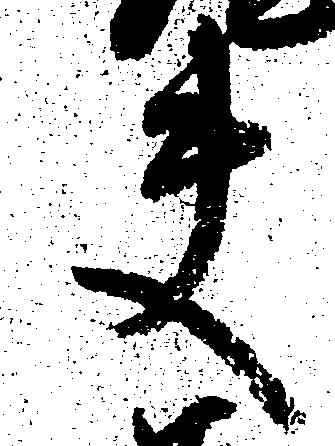
夫